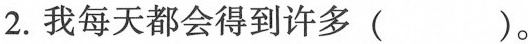
2.我每天都会得到许多( )。